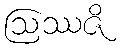
ဩဿဇိ